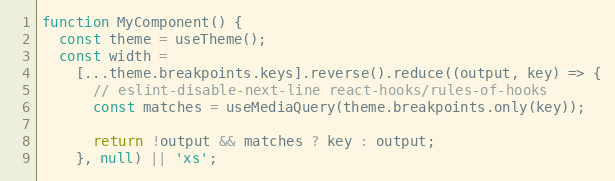
Language: JavaScript
function MyComponent() {
  const theme = useTheme();
  const width =
    [...theme.breakpoints.keys].reverse().reduce((output, key) => {
      // eslint-disable-next-line react-hooks/rules-of-hooks
      const matches = useMediaQuery(theme.breakpoints.only(key));

      return !output && matches ? key : output;
    }, null) || 'xs';